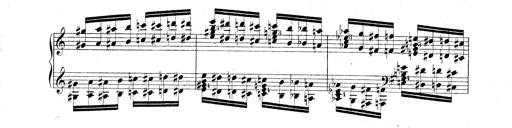
Title: Technische Studien
Composer: Franz Liszt